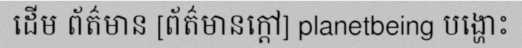
ដើម ព័ត៌មាន [ព័ត៌មានក្តៅ] planetbeing បង្ហោះ